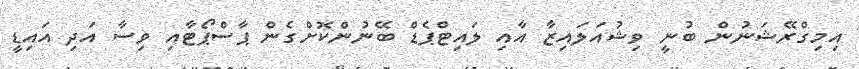
އިމިގްރޭޝަނުން ބުނީ ވިޝުއަލައިޒާ އާއި ލައިޓްޕެޑް ބޭނުންކޮށްގެން ޕާސްޕޯޓާއި ވިސާ އަދި އައިޑީ